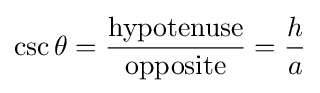
\csc \theta ={\frac {\mathrm {hypotenuse} }{\mathrm {opposite} }}={\frac {h}{a}}